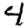
Digit: 4